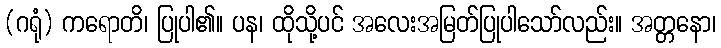
(ဂရုံ) ကရောတိ၊ ပြုပါ၏။ ပန၊ ထိုသို့ပင် အလေးအမြတ်ပြုပါသော်လည်း။ အတ္တနော၊